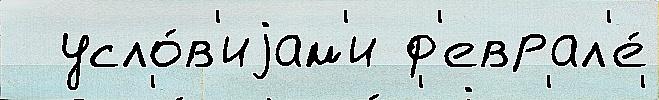
  усло́в'иjам'и ф'еврал'е́